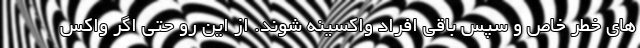
های خطر خاص و سپس باقی افراد واکسینه شوند. از این رو حتی اگر واکس